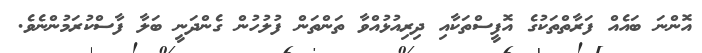
އޮންނަ ބައެއް ފަރާތްތަކުގެ އޮފީސްތަކާއި ދިރިއުޅުއްވާ ތަންތަން ފުލުހުން ގެންދަނީ ބަލާ ފާސްކުރަމުންނެވެ.